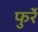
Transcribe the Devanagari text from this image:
फुर्रे